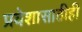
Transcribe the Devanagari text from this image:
प्रवेशासाठीही